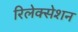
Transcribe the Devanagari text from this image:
रिलेक्सेशन